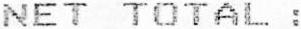
NET TOTAL :